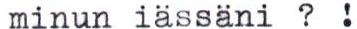
minun iässani ? !